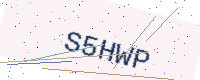
Text: S5HWP